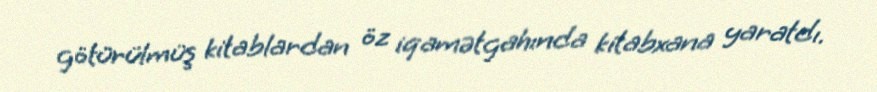
götürülmüş kitablardan öz iqamətgahında kitabxana yaratdı.